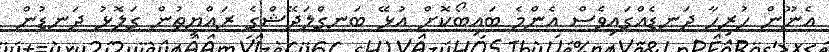
އެނޫން ހުރިހާ ދަނޑެއްގައިވެސް އެންމެ ބައިބޯކޮށް އުޅޭ ބަނގްލަދޭޝްގެ ރައްޔިތުން ގަލޮޅު ދަނޑުން